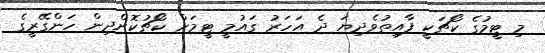
މި ޓީމުގެ ކޯޗަކީ ފާއިތުވެދިޔަ ދެ އަހަރު ގައުމީ ޓީމަށް ކޯޗުކޮށްދިން ހަންގޭރީގެ